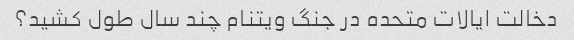
دخالت ایالات متحده در جنگ ویتنام چند سال طول کشید؟